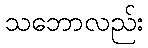
သဘောလည်း